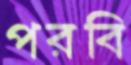
পরবি